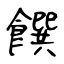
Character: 饌